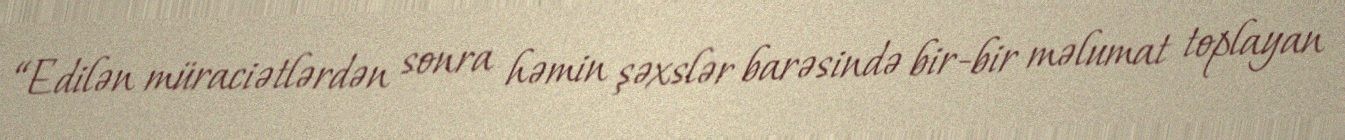
“Edilən müraciətlərdən sonra həmin şəxslər barəsində bir-bir məlumat toplayan